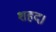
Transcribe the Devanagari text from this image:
शहद।